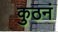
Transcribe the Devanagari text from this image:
कुठनं